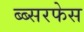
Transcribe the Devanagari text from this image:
ब्ब्सरफेस